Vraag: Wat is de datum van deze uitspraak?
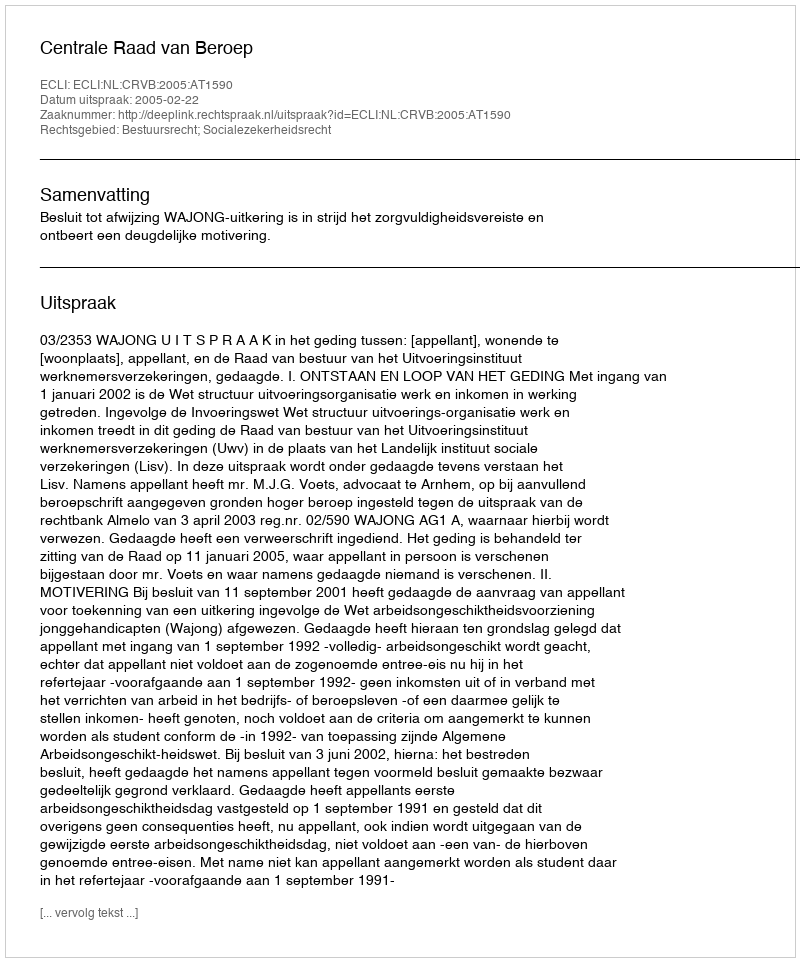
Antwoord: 2005-02-22